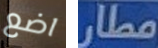
اضع مطار